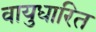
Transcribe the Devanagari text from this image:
वायुधारित